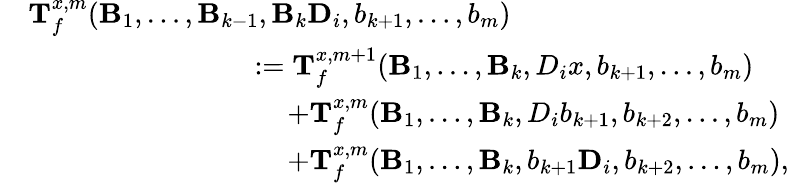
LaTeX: \begin{array}{rl}&{\mathbf T_{f}^{x,m}(\mathbf B_{1},\ldots,\mathbf B_{k-1},\mathbf{B}_{k}\mathbf{D}_{i},b_{k+1},\ldots,b_{m})}\\ &{\qquad\qquad\qquad\qquad:=\mathbf T_{f}^{x,m+1}(\mathbf B_{1},\ldots,\mathbf B_{k},D_{i}x,b_{k+1},\ldots,b_{m})}\\ &{\qquad\qquad\qquad\qquad\quad\, +\mathbf T_{f}^{x,m}(\mathbf B_{1},\ldots,\mathbf{B}_{k},D_{i}b_{k+1},b_{k+2},\ldots,b_{m})}\\ &{\qquad\qquad\qquad\qquad\quad\, +\mathbf T_{f}^{x,m}(\mathbf B_{1},\ldots,\mathbf{B}_{k},b_{k+1}\mathbf D_{i},b_{k+2},\ldots,b_{m}),}\end{array}